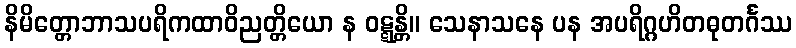
နိမိတ္တောဘာသပရိကထာဝိညတ္တိယော န ဝဋ္ဋန္တိ။ သေနာသနေ ပန အပရိဂ္ဂဟိတဓုတင်္ဂဿ